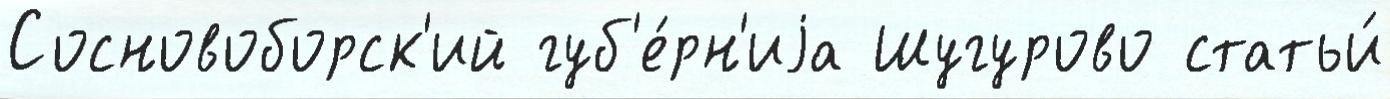
Сосновоборск'ий губ'е́рн'иjа Шугурово статьи́